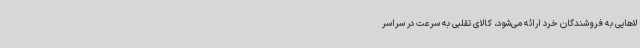
لاهایی به فروشندگان خرد ارائه ‌می‌شود، کالای تقلبی به سرعت در سراسر